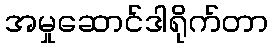
အမှုဆောင်ဒါရိုက်တာ